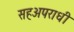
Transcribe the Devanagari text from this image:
सहअपराधी